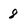
Character: 8